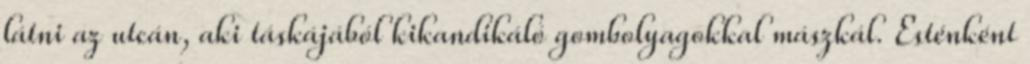
látni az utcán, aki táskájából kikandikáló gombolyagokkal mászkál. Esténként